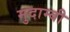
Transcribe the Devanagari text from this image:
मुदाम्बी